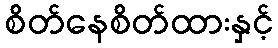
စိတ်နေစိတ်ထားနှင့်